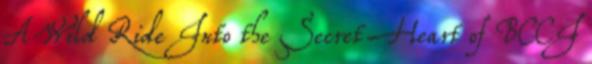
A Wild Ride Into the Secret Heart of BCCI